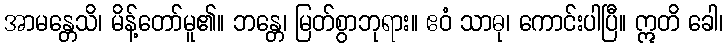
အာမန္တေသိ၊ မိန့်တော်မူ၏။ ဘန္တေ၊ မြတ်စွာဘုရား။ ဧဝံ သာဓု၊ ကောင်းပါပြီ။ ဣတိ ခေါ၊